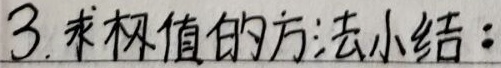
3. 求极值的方法小结：